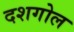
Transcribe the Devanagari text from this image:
दशगोल